Vana-Antsla_vallavalitsus, lk 45
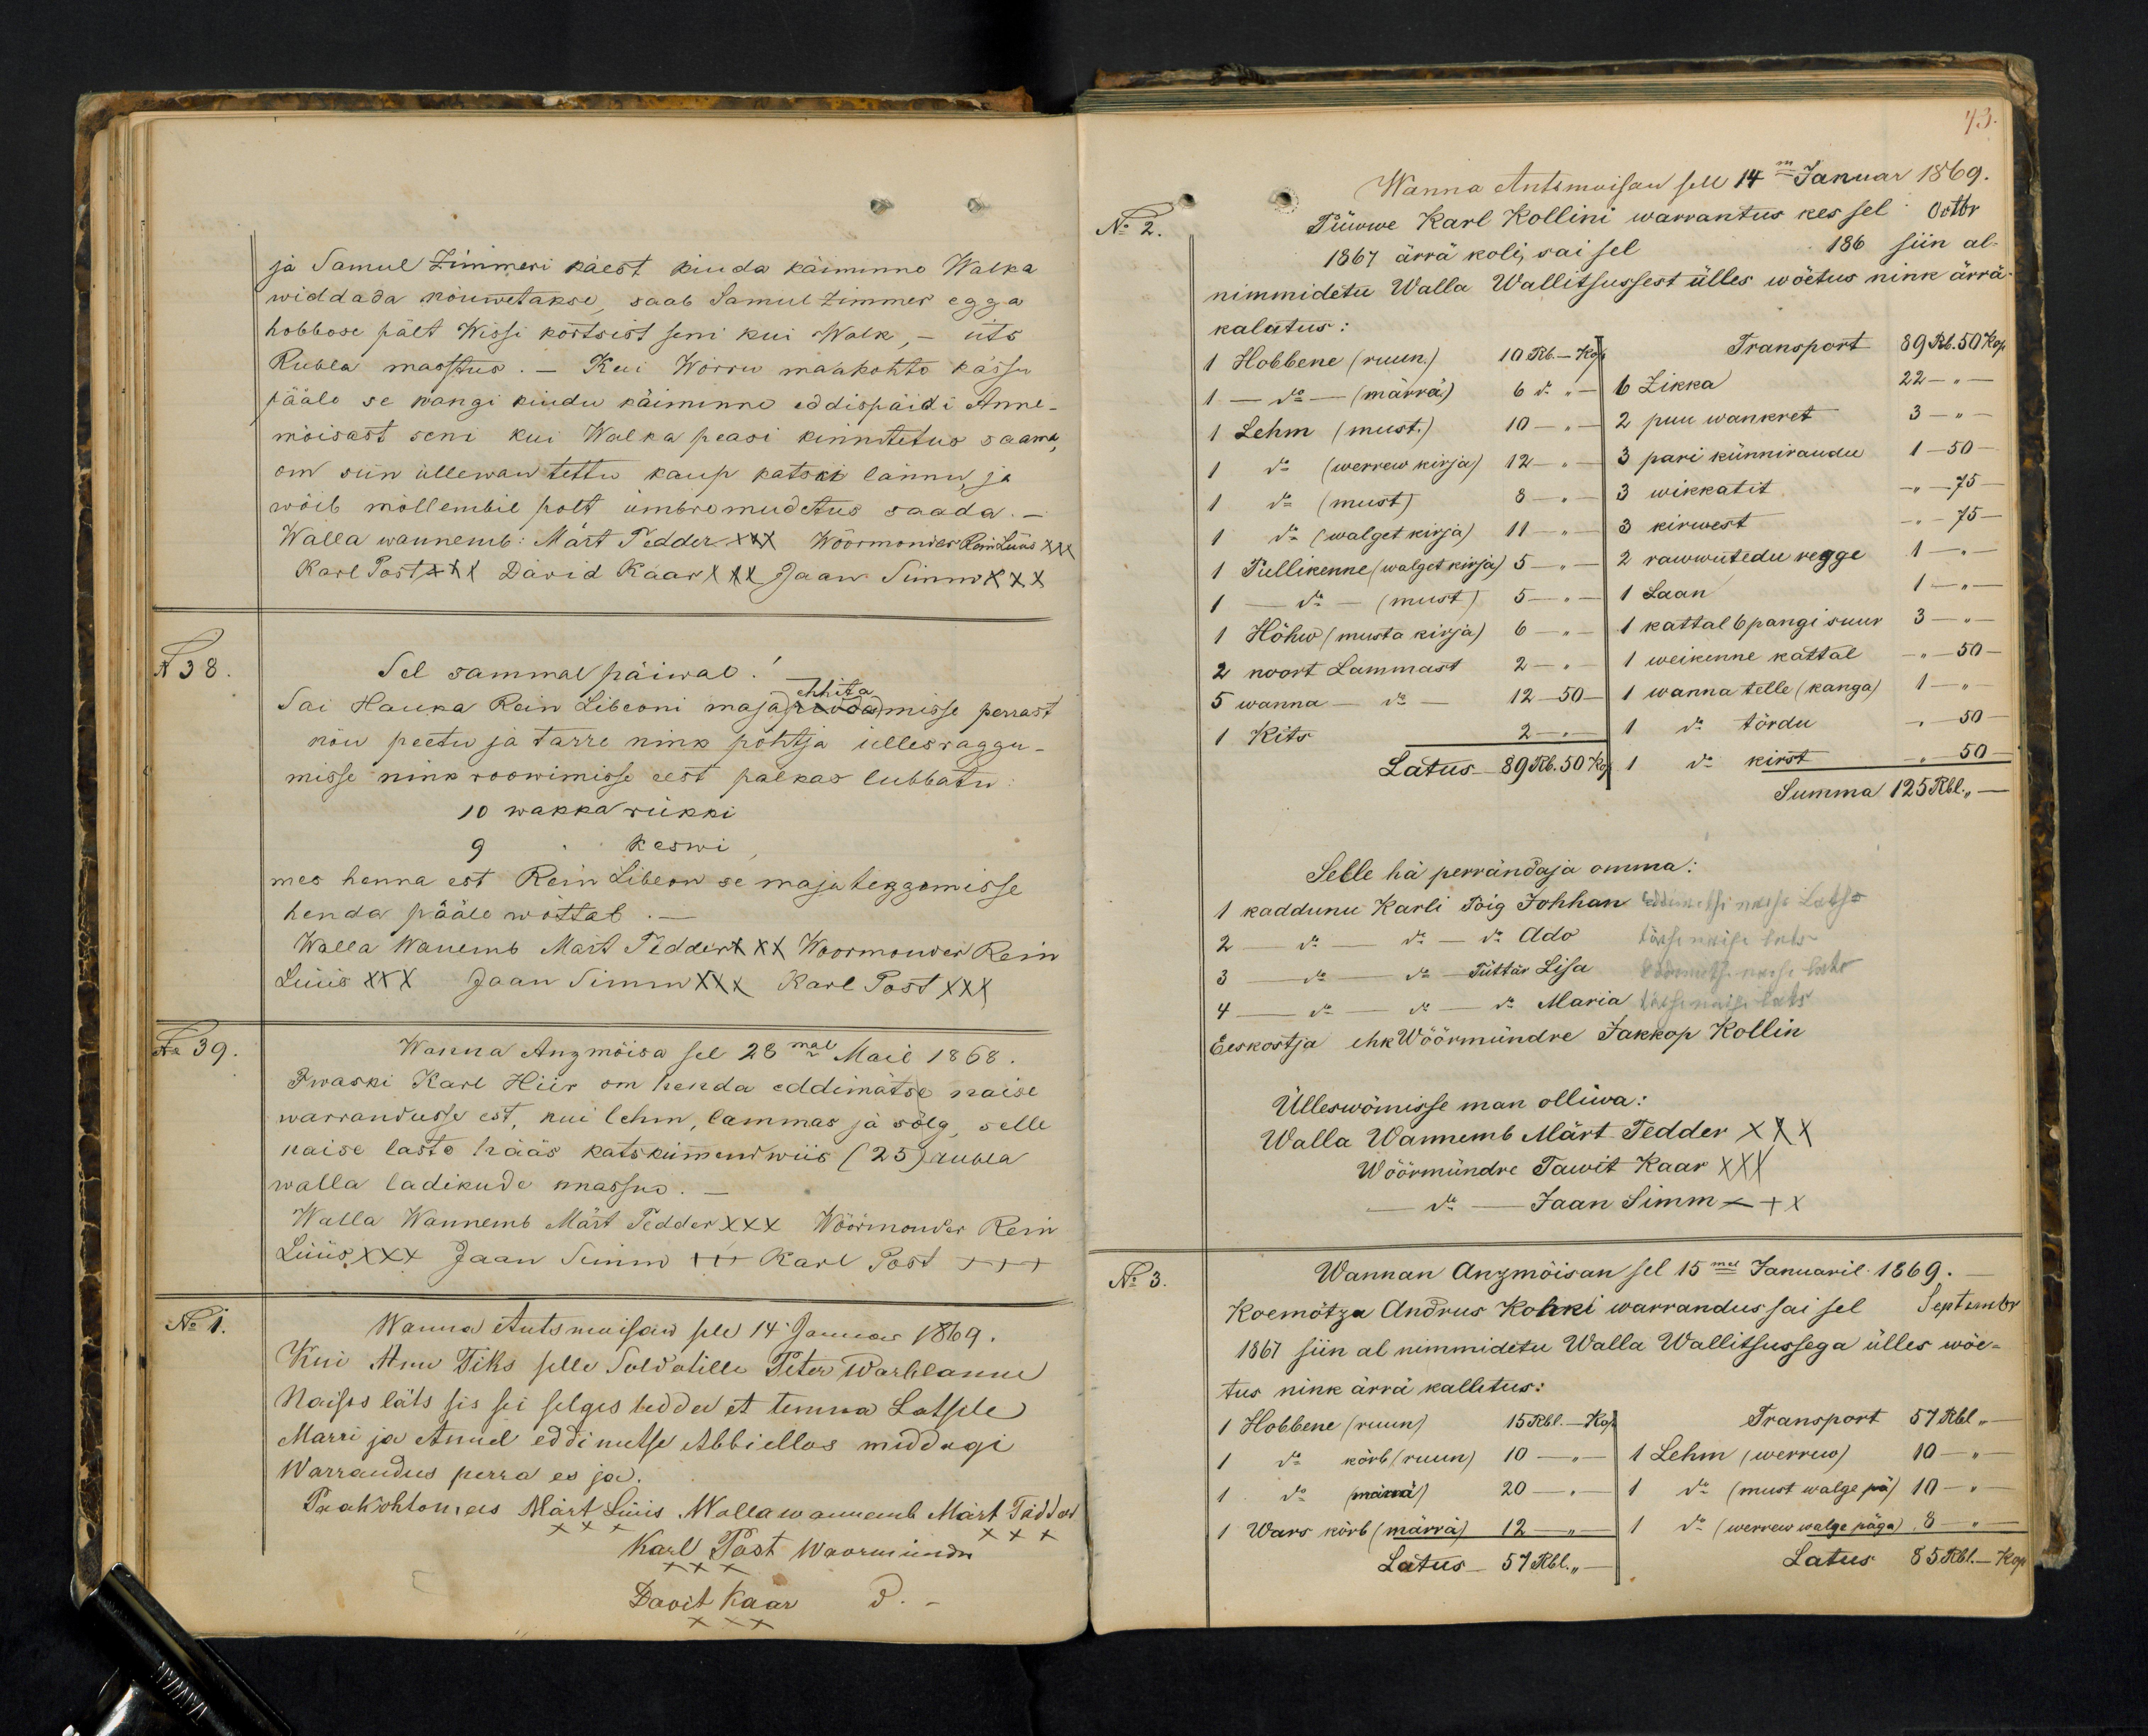
ja Samuel Zimmeri käest kiuda käiminno Walka
widdada nöuwetakse, saab Samul Zimmer egga
hobbose pält Wissi kõrtsist seni kui Walk, - üts
Rubla masstus. Kui Wörru maakohto kässu
pääle se wangi kiudu käiminni eddispäidi Anne-
möisast seni kui Walka peasi kinnitetus saama,
om siin üllewan tettu kaup katski lännu ja
wöib möllembil polt ümbremudetus saada.-
Walla wannemb: Märt Tedder XXX Wöörmonder Rein Lüüs XXX
Karl Post +++ David Kaar XXX Jaan Simm XXX
N 38
Sel sammal päiwal!
ehhita
Sai Hauka Rein Libeoni majapiddamisse perrast
nöu peetu ja tarre nink pöhtja üllesraggu-
misse nink roowimisse eest palkas lubbatu
10 wakka rükki
9
keswi
mes henna est Rein Libeon se majateggemisse
henda pääle wöttab
Walla Wanemb Märt Teddert XXX Woomonder Rein
Lüüs XXX Jaan Simm XXX Karl Post XXX
No 39.
Wanna Anzmõisa sel 28mal Mail 1868.
Iwaski Karl Hiir om henda eddimätse naise
warrandusse est, kui lehm, lammas ja sõlg selle
naise laste hääs katskümend wiis (25) rubla
walla ladikude massno.
Walla Wannemb Märt Tedder XXX Wöörmonder Rein
Lüüs XXX Jaan Simm +++ Karl Post +++
No 1.
Wanna Antsmoisan sell 14. Jaanuar 1869.
Kui Anu Tiks selle Soldatille Peter Warblanne
Naises läts sis sei selges sedda et temma Latsile
Marri ja Annel eddimetse Abbiellos middagi
Warrandus perra es ja.
Paakohtomees Märt Lüüs "Wallawannemb Märt Tadder
Karl Post Woormündre
Davit Kaar do

43.
Wanna Antsmoisan sell 14m Januar 1869.
No 2.
Püwwe Karl Kollini warrantus kes sel Octbr
1867 ärra koli, sai sel
186 siin al-
nimmidetu Walla Wallitsussest ülles wöetus nink ärrä
kalutus:
1 Hobbene (ruun.) 10 Rb. - Kop.
Transport 89 Rb. 50 kop.
1 - do (märra) 6 do.
6 Zikka 22-"-
1 Lehm (must.) 10 -" -
2 puu wankret 3 - " -
1 do (werrew kirja) 12 - "-
3 pari künniraudu 1 -50-
1 do (must) 8 - "-
3 wikkatit - " - 75
1 do (walget kirja) 11 - "-
3 kirwest - "- 75-
1 Pullikenne (walget kirja) 5 "- "
2 rawwutedu regge 1 -" -
1 - do (must) 5 - "-
1 Saan
1 Höhw (musta kirja) 6 - " -
1 kattal 6 pangi suur 3 - "-
2 noort Lammast 2 - "-
1 weikenne kattal - "- 50 -
5 wanna - do - 12 - 50 -
1 wanna telle (kanga) 1 - "-
1 kits 2 -" -
1. do tõrdu -"- 50 -
Latus 89 rbl. 50 kop.
1 do. kirst - "- 50 -
Summa 125 Rbl. " -
Selle hä perrandaja omma:
1 kaddunu Karli Poig Johhan eddimetsi naese Lats-
2 - do - do - do Ado
täise naese lats
3 - do - do - Tüttär Lisa eddimetse naese lats
4 - do do do - Maria täese naese lats
Eeskostja ehk Wöörmündre Jakkop Kollin
Ülleswõmisse man olliwa:
Walla Wannemb Märt Tedder XXX
Wöörmündre Tawit Kaar XXX
- do - Jaan Simm XXX
No 3.
Wannan Anzmõisan sel 15mal Januaril 1869.
Koemötza Andrus Kohki warrandus sai sel Septembr
1867 siin al nimmidetu Walla Wallitsussega ülles wöe-
tus nink ärrä kalletus:
1 Hobbene (ruun) 15 Rbl. - Kop.
Transport 57 Rbl "-
1 do- kõrb (ruun) 10 - "-
1 Lehm (werrew) 10 "
1. do (märra) 20 -
1 do (must walge pä) 10 - "
1 Wars kõrb (märra) 12 -
1 do (werrew walge päga), 8 - " -
Latus 51 Rbl. "
Latus 85 Rbl. - Kop.